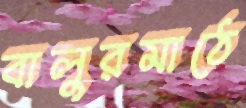
বালুরমাঠে